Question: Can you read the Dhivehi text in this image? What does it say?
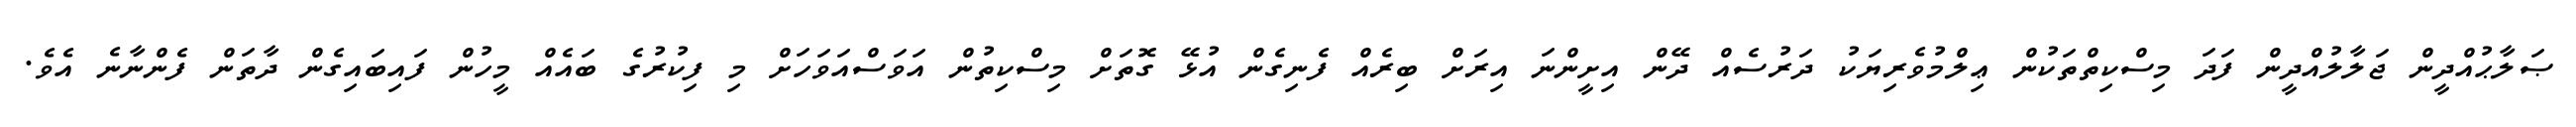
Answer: ޞަލާޙުއްދީން ޖަލާލުއްދީން ފަދަ މިސްކިތްތަކުން ޢިލްމުވެރިޔަކު ދަރުސެއް ދޭން އިށީންނަ އިރަށް ބިރެއް ފެނިގެން އުޅޭ ގޮތަށް މިސްކިތުން އަވަސްއަވަހަށް މި ފިކުރުގެ ބައެއް މީހުން ފައިބައިގެން ދާތަން ފެންނާނެ އެވެ.